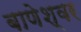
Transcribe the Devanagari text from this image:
बाणेश्‍वर